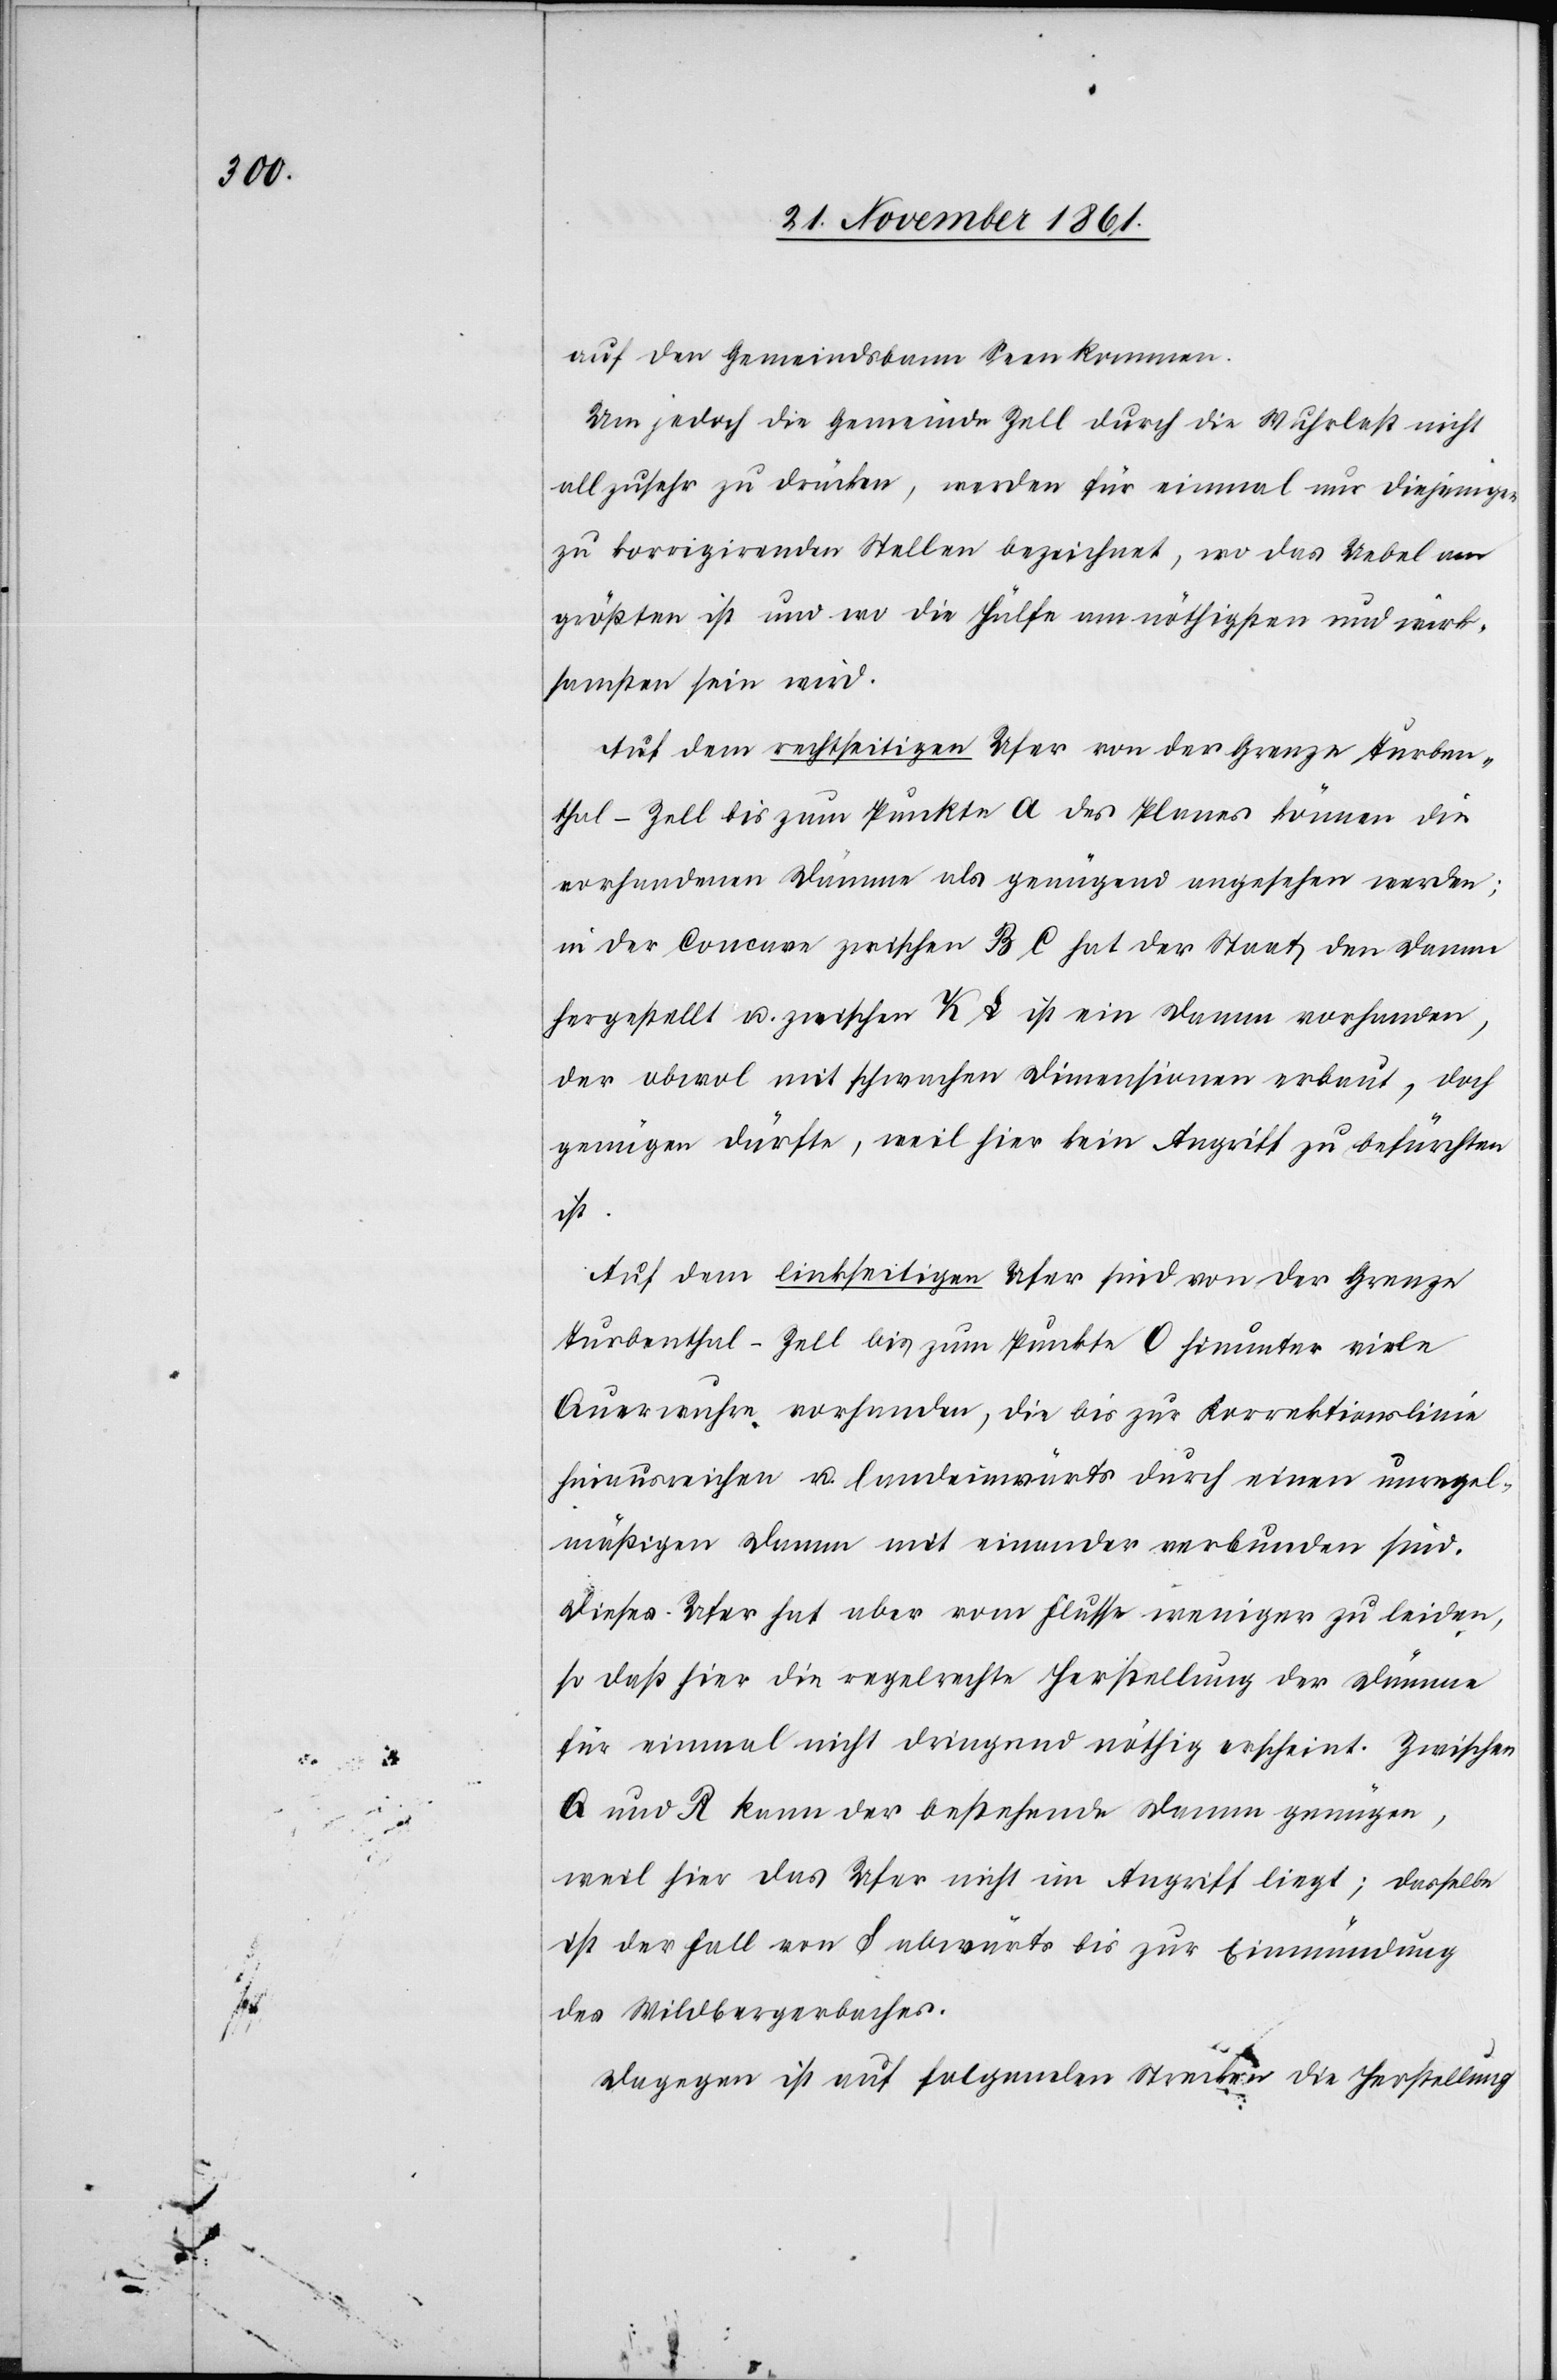
auf den Gemeindsbann Seen kommen.
Um jedoch die Gemeinde Zell durch die Wuhrlast nicht
allzusehr zu drücken, werden für einmal nur diejenigen
zu korrigirenden Stellen bezeichnet, wo das Uebel am
größten ist und wo die Hülfe am nöthigsten und würk¬
samsten sein wird.
Auf dem rechtseitigen Ufer von der Grenze Turben¬
thal-Zell bis zum Punkte a des Planes können die
vorhandenen Dämme als genügend angesehen werden;
in der Concure zwischen B C hat der Staat den Damme
hergestellt u. zwischen K L ist ein Damme vorhanden,
der obwol mit schwachen Dimensionen erbaut, doch
genügen dürfte, weil hier kein Angriff zu befürchten
ist.
Auf dem linkseitigen Ufer sind von der Grenze
Turbenthal-Zell bis zum Punkte O hinunter viele
Auerwuhre vorhanden, die bis zur Korrektionslinie
hinausreichen u. landeinwärts durch einen unregel¬
mäßigen Damm mit einander verbunden sind.
Dieses Ufer hat aber vom Flusse weniger zu leiden,
so daß hier die regelrechte Herstellung der Dämme
für einmal nicht dringend nöthig erscheint. Zwischen
Q und R kann der bestehende Damm genügen,
weil hier das Ufer nicht in Angriff liegt; dasselbe
ist der Fall von S abwärts bis zur Einmündung
des Wildbergerbaches.
Dagegen ist auf folgenden Strecken die Herstellung